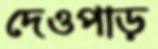
দেওপাড়